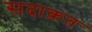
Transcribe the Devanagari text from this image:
सदाक़त